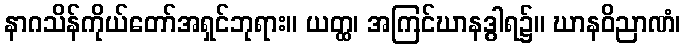
နာဂသိန်ကိုယ်တော်အရှင်ဘုရား။ ယတ္ထ၊ အကြင်ဃာနဒွါရ၌။ ဃာနဝိညာဏံ၊